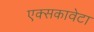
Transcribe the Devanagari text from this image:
एक्सकावेटा